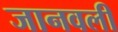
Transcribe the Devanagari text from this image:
जानवली